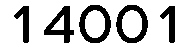
14001